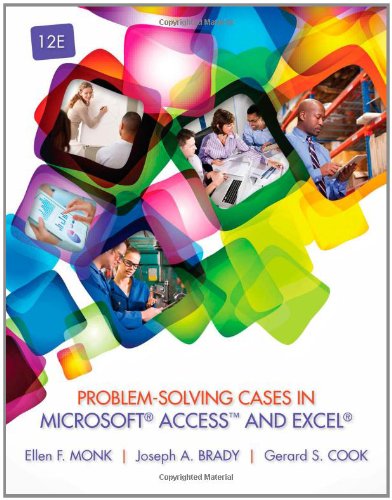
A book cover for Problem-Solving Cases in Microsoft Access(TM) and Excel; Ellen Monk; Computers & Technology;